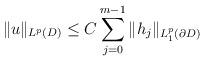
LaTeX: \begin{align*}\|u\|_{L^{p}(D)}\leq C\sum_{j=0}^{m-1}\|h_{j}\|_{L_{1}^{p}(\partial D)}\end{align*}